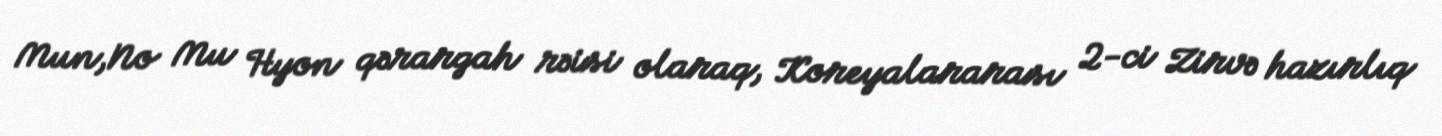
Mun,No Mu Hyon qərargah rəisi olaraq, Koreyalararası 2-ci Zirvə hazırlıq